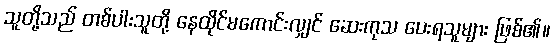
သူတို့သည် တစ်ပါးသူတို့ နေထိုင်မကောင်းလျှင် ဆေးကုသ ပေးရသူများ ဖြစ်၏။